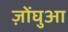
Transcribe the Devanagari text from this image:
ज़ोंघुआ